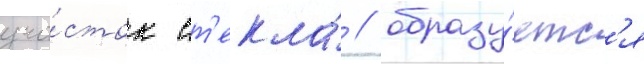
уча́сток ст'екла́ / образу́етс'я